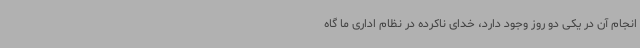
انجام آن در یکی دو روز وجود دارد، خدای ناکرده در نظام اداری ما گاه